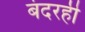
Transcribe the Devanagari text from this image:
बंदरही